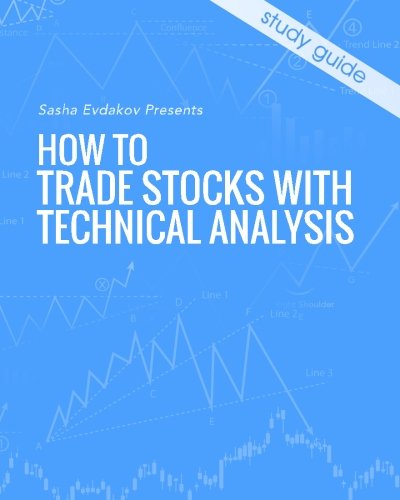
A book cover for How to Trade Stocks with Technical Analysis; Sasha Evdakov; Business & Money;